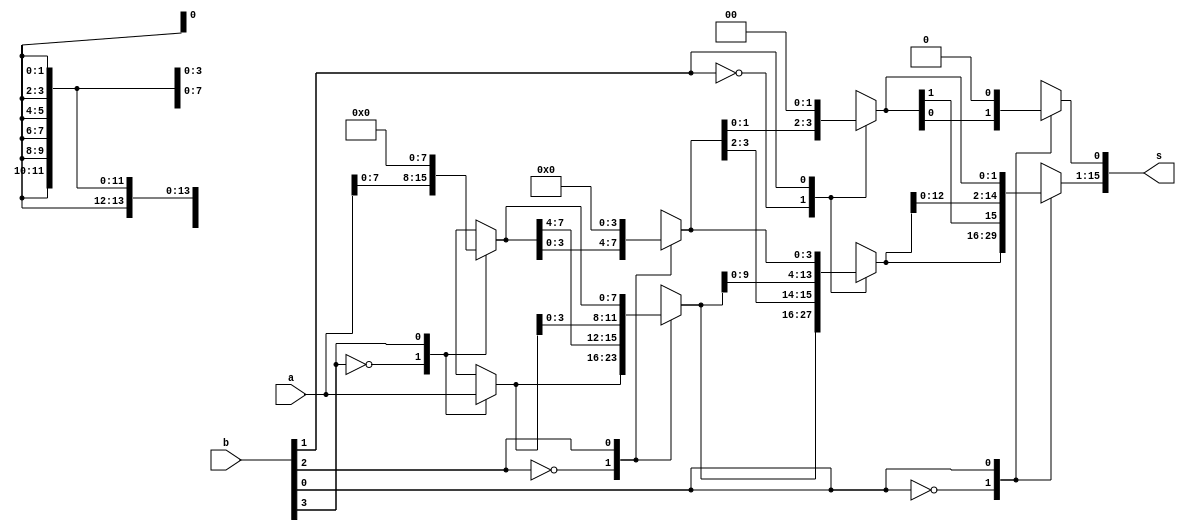
/*
   This file was generated automatically by Alchitry Labs version 1.2.7.
   Do not edit this file directly. Instead edit the original Lucid source.
   This is a temporary file and any changes made to it will be destroyed.
*/

module sixteen_bit_shiftleft_25 (
    input [15:0] a,
    input [3:0] b,
    output reg [15:0] s
  );
  
  
  
  reg [15:0] w;
  reg [15:0] x;
  reg [15:0] y;
  
  always @* begin
    
    case (b[3+0-:1])
      1'h0: begin
        w = a;
      end
      1'h1: begin
        w[8+7-:8] = a[0+7-:8];
        w[0+7-:8] = 8'h00;
      end
      default: begin
        w = a;
      end
    endcase
    
    case (b[2+0-:1])
      1'h0: begin
        x = w;
      end
      1'h1: begin
        x[4+11-:12] = w[0+11-:12];
        x[0+3-:4] = 4'h0;
      end
      default: begin
        x = w;
      end
    endcase
    
    case (b[1+0-:1])
      1'h0: begin
        y = x;
      end
      1'h1: begin
        y[2+13-:14] = x[0+13-:14];
        y[0+1-:2] = 2'h0;
      end
      default: begin
        y = x;
      end
    endcase
    
    case (b[0+0-:1])
      1'h0: begin
        s = y;
      end
      1'h1: begin
        s[1+14-:15] = y[0+14-:15];
        s[0+0-:1] = 1'h0;
      end
      default: begin
        s = y;
      end
    endcase
  end
endmodule